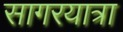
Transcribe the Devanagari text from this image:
सागरयात्रा